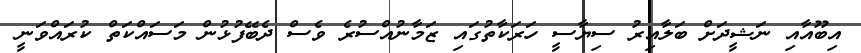
އިބޫއާއި ނަޝީދަށް ބަލާއިރު ސިޔާސީ ހަރަކާތުގައި ޒަމާނުއްސުރެ ވެސް ދެބޭފުޅުން މަސައްކަތް ކުރައްވަނީ